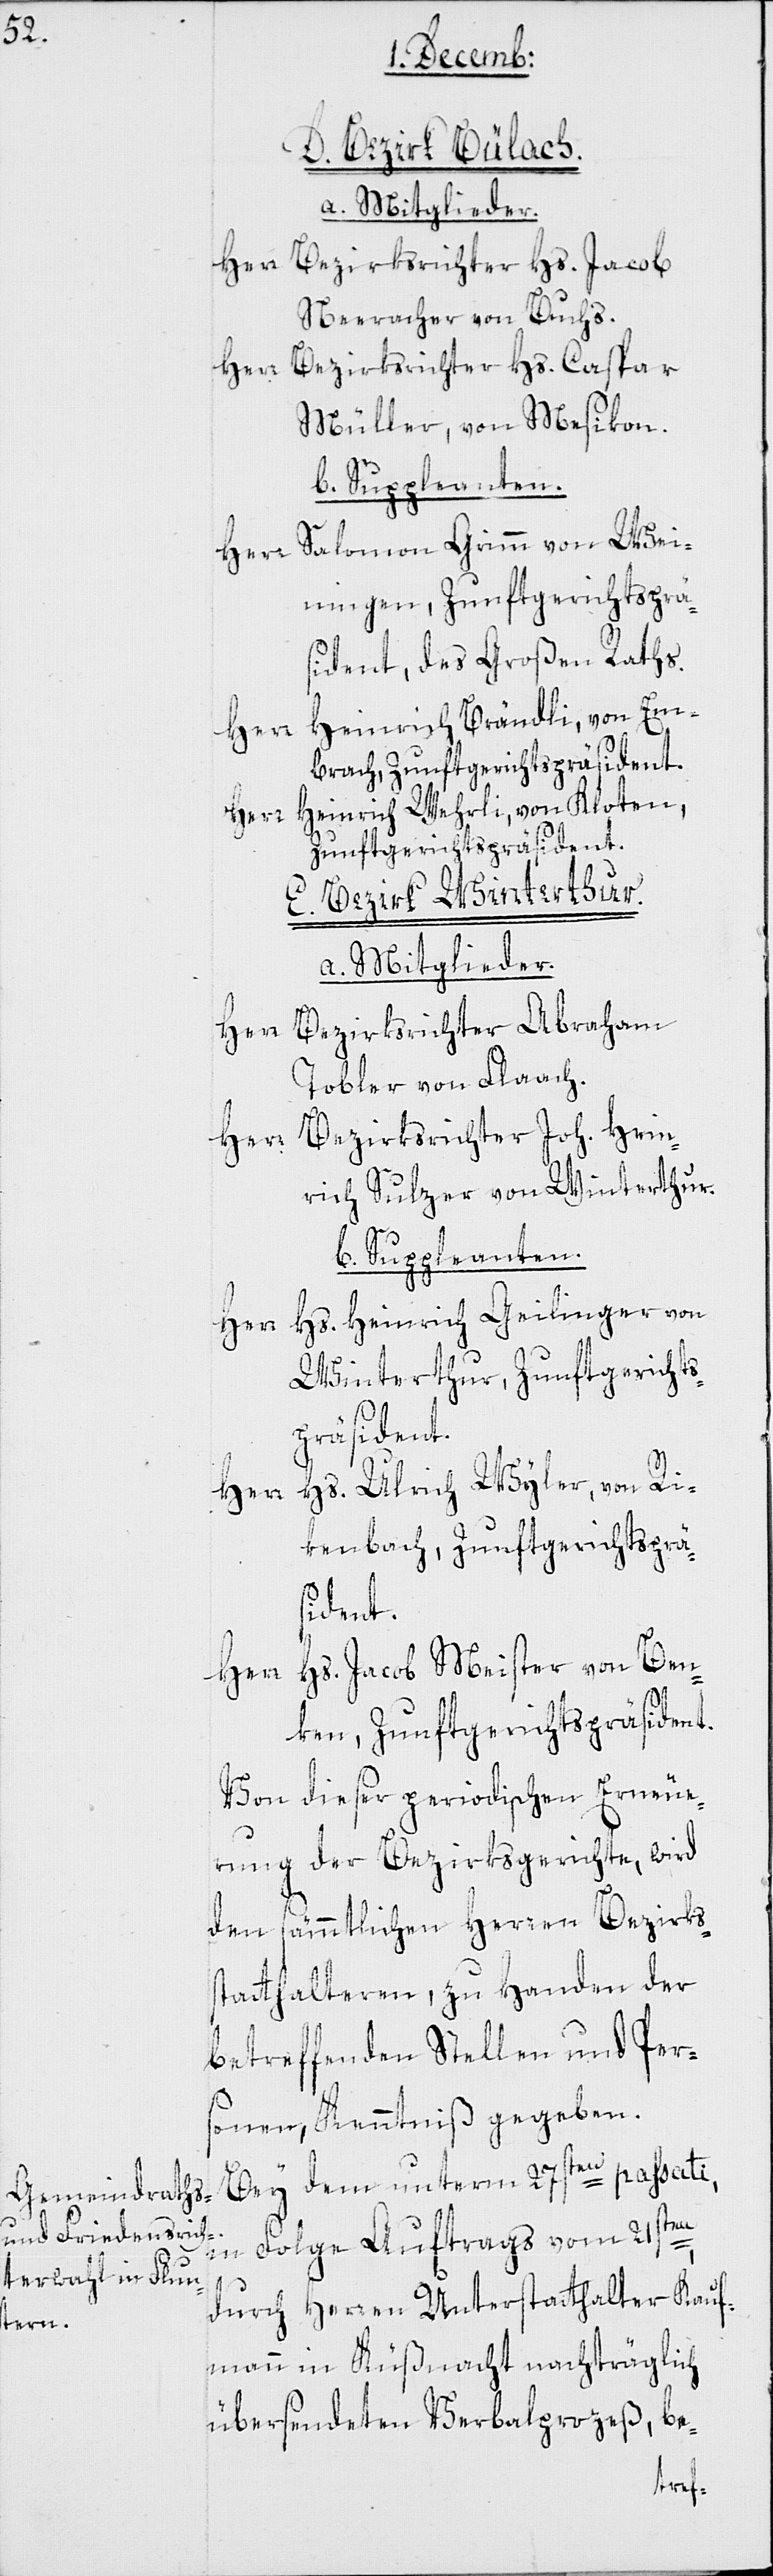
D. Bezirk Bülach.
a. Mitglieder.
Herr Bezirksrichter Hs. Jacob
Neeracher von Buchs
Herr Bezirksrichter Hs. Caspar
Müller, von Mesikon.
b. Suppleanten.
Herr Salomon Grimm von Wei¬
ningen, Zunftgerichtsprä¬
sident, des Großen Raths.
Heinrich Brändli, von Em¬
Herr
brach, Zunftgerichtspräsident.
Heinrich Wehrli, von Kloten,
Zunftgerichtspräsident.
E. Bezirk Winterthur.
a) Mitglieder.
Herr Bezirksrichter Abraham
Tobler von Flaach.
Herr Bezirksrichter Joh. Hein¬
rich Sulzer von Winterthur.
b) Suppleanten.
Hs. Heinrich Geilinger von
Winterthur, Zunftgericht¬
s-Präsident.
Herr Hs. Ulrich Wyler, von Ri¬
kenbach, Zunftgerichtsprä¬
sident.
Herr Hs. Jacob Meister von Ben¬
ken, Zunftgerichtspräsident.
Von dieser periodischen Erneue¬
rung der Bezirksgerichte, wird
den sämmtlichen Herren Bezirks¬
statthalteren, zu Handen der
betreffenden Stellen und Per¬
sonen, Kenntniß gegeben.
Bey dem unterm 27sten passati,
in Folge Auftrags vom 21sten,
durch Herren Unterstatthalter Kauf¬
mann in Küßnacht nachträglich
übersendeten Verbalprozeß, be-